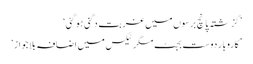
’گزشتہ پانچ برسوں میں غربت دگنی ہو گئی‘
’ کاروبار دوست بجٹ مگر ٹیکس میں اضافہ بلاجواز‘